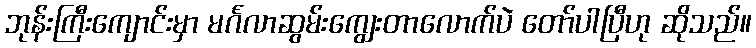
ဘုန်းကြီးကျောင်းမှာ မင်္ဂလာဆွမ်းကျွေးတာလောက်ပဲ တော်ပါပြီဟု ဆိုသည်။